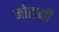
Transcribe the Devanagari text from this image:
नोहानी